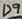
Text: D9